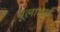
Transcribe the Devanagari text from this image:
बूलाभाई